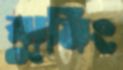
ঝুমিং